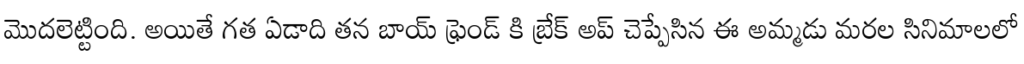
మొదలెట్టింది. అయితే గత ఏడాది తన బాయ్ ఫ్రెండ్ కి బ్రేక్ అప్ చెప్పేసిన ఈ అమ్మడు మరల సినిమాలలో